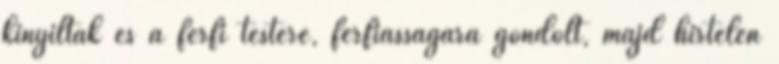
kinyíltak és a férfi testére, férfiasságára gondolt, majd hirtelen